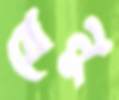
বেনু